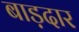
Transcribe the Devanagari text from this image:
बाड़दार